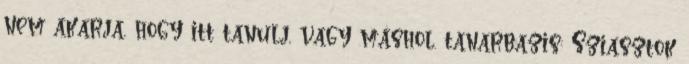
nem akarja, hogy itt tanulj, vagy máshol. tanarbazis: Sziasztok